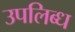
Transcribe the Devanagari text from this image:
उपलिब्ध